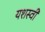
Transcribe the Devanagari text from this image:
यशस्‍वी